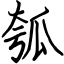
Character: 瓠